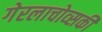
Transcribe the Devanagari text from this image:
गेरलाचोव्सकी